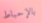
بالإحباط